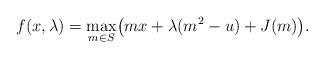
LaTeX: \begin{align*}f(x,\lambda)=\max_{m\in S}\bigl(m x+\lambda (m^2-u)+J(m) \bigr).\end{align*}